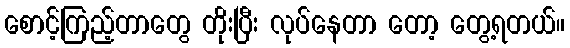
စောင့်ကြည့်တာတွေ တိုးပြီး လုပ်နေတာ တော့ တွေ့ရတယ်။